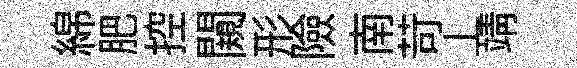
綿肥控闚形險南苛丄靖